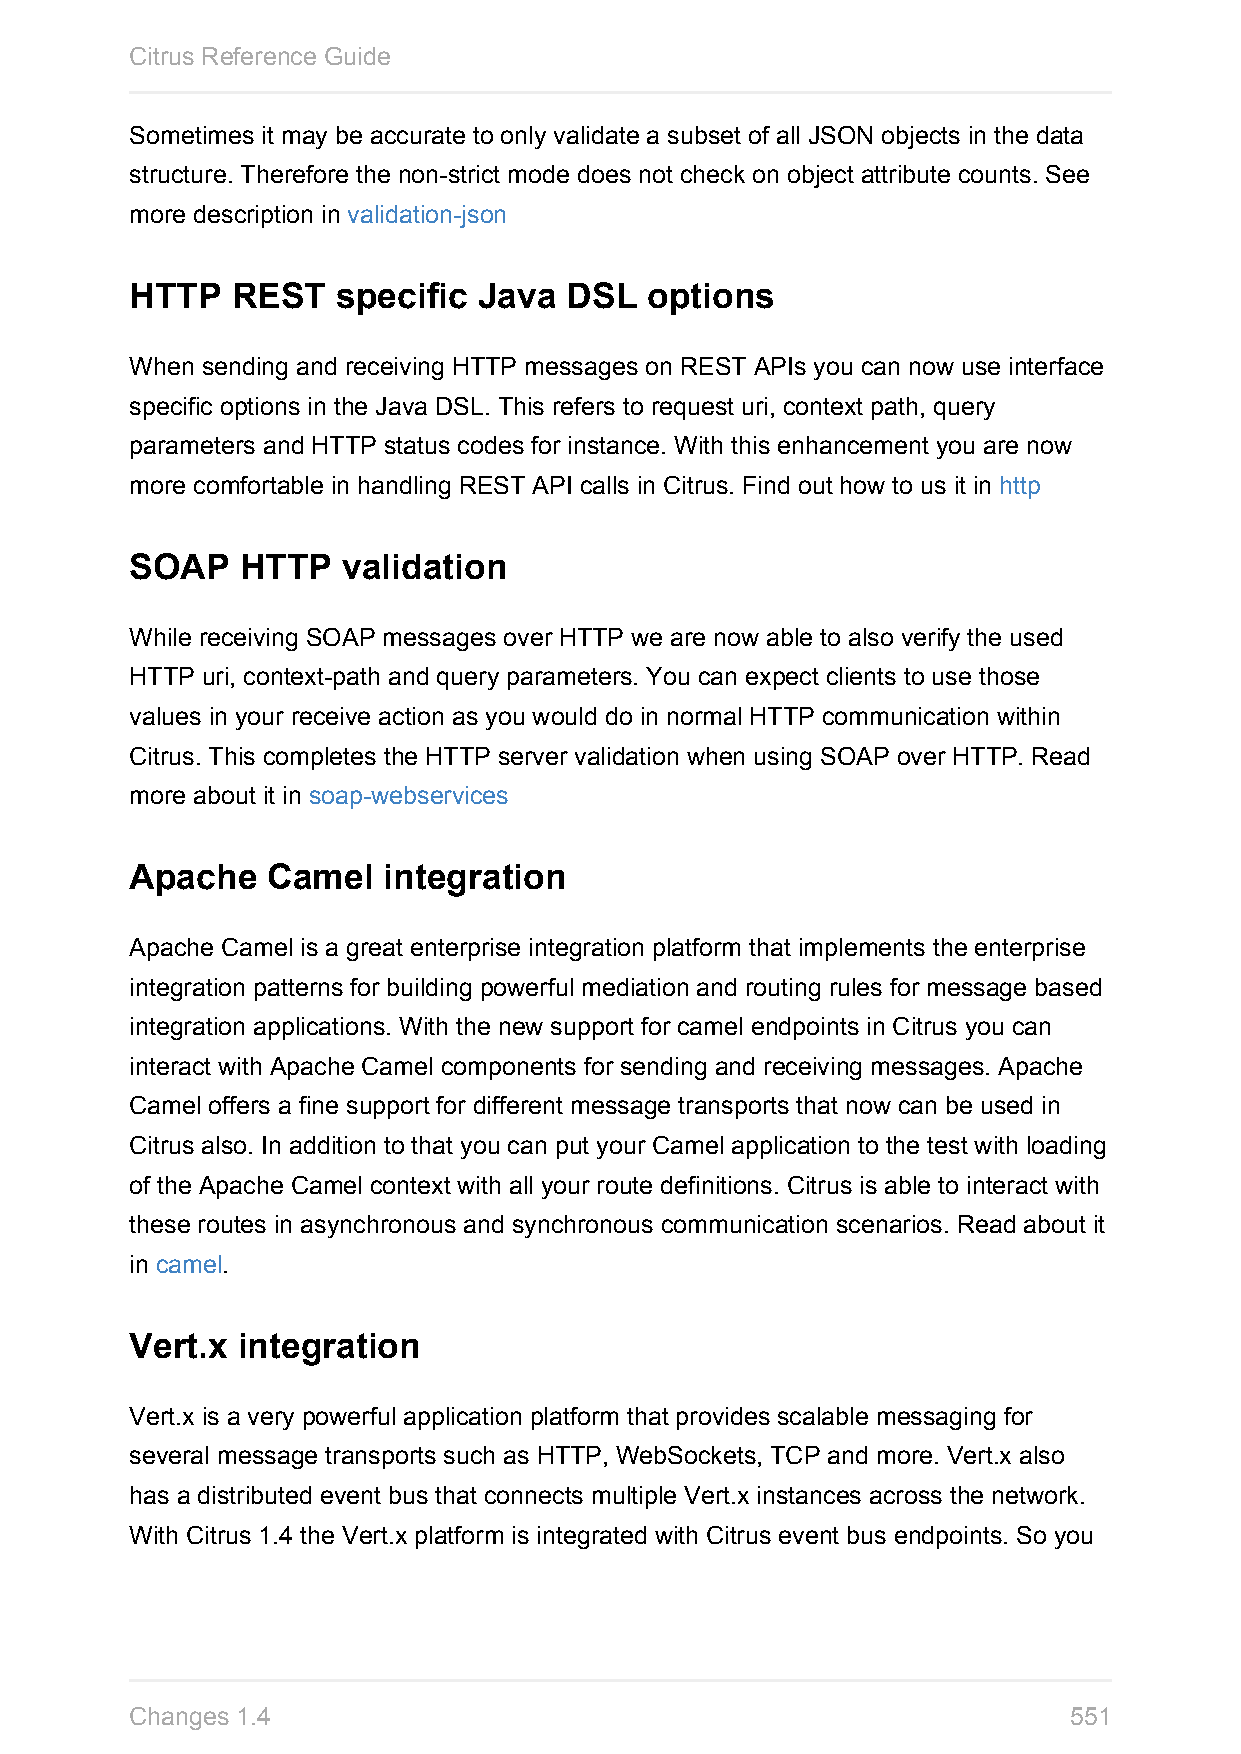
Citrus Reference Guide
 Sometimes it may be accurate to only validate a subset of all JSON objects in the data
 structure. Therefore the non-strict mode does not check on object attribute counts. See
 more description in validation-json
 HTTP  REST   specific  Java DSL   options
 When sending and receiving HTTP messages on REST APIs you can now use interface
 specific options in the Java DSL. This refers to request uri, context path, query
 parameters and HTTP status codes for instance. With this enhancement you are now
 more comfortable in handling REST API calls in Citrus. Find out how to us it in http
 SOAP   HTTP   validation
 While receiving SOAP messages over HTTP we are now able to also verify the used
 HTTP uri, context-path and query parameters. You can expect clients to use those
 values in your receive action as you would do in normal HTTP communication within
 Citrus. This completes the HTTP server validation when using SOAP over HTTP. Read
 more about it in soap-webservices
 Apache   Camel  integration
 Apache Camel is a great enterprise integration platform that implements the enterprise
 integration patterns for building powerful mediation and routing rules for message based
 integration applications. With the new support for camel endpoints in Citrus you can
 interact with Apache Camel components for sending and receiving messages. Apache
 Camel offers a fine support for different message transports that now can be used in
 Citrus also. In addition to that you can put your Camel application to the test with loading
 of the Apache Camel context with all your route definitions. Citrus is able to interact with
 these routes in asynchronous and synchronous communication scenarios. Read about it
 in camel.
 Vert.x integration
 Vert.x is a very powerful application platform that provides scalable messaging for
 several message transports such as HTTP, WebSockets, TCP and more. Vert.x also
 has a distributed event bus that connects multiple Vert.x instances across the network.
 With Citrus 1.4 the Vert.x platform is integrated with Citrus event bus endpoints. So you
 Changes 1.4                                                   551